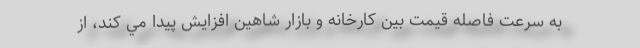
به سرعت فاصله قيمت بين كارخانه و بازار شاهين افزايش پيدا مي كند، از